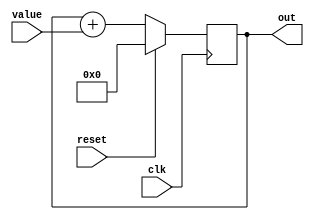
module top (
  input wire clk,
  input wire reset,
  input [3:0] value,
  output reg [3:0] out
);

always @(posedge clk) begin
  if (reset)
      out <= 4'b0000; // Reset the counter to 0
  else
      out <= out + value; // Increment the counter
end

endmodule